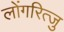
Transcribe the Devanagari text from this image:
लोंगरित्जु